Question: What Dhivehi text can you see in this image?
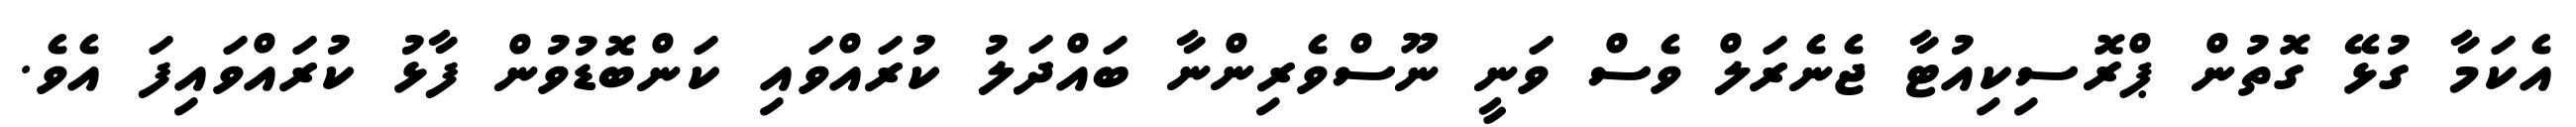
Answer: އެކަމާ ގުޅޭ ގޮތުން ޕްރޮސިކިއުޓާ ޖެނެރަލް ވެސް ވަނީ ނޫސްވެރިންނާ ބައްދަލު ކުރައްވައި ކަންބޮޑުވުން ފާޅު ކުރައްވައިފަ އެވެ.